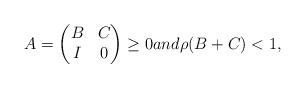
LaTeX: \begin{gather*}A=\begin{gathered}\begin{pmatrix} B & C \\ I & 0 \end{pmatrix}\end{gathered}\geq 0 and\rho(B+C)<1,\end{gather*}